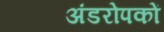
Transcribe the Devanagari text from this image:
अंडरोपकों